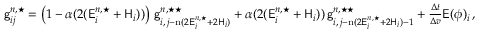
\begin{array} { r } { \mathsf { g } _ { i j } ^ { n , \star } = \left( 1 - \alpha ( 2 ( \mathsf { E } _ { i } ^ { n , \star } + \mathsf { H } _ { i } ) ) \right) \, \mathsf { g } _ { i , \, j - \mathrm { n } ( 2 \mathsf { E } _ { i } ^ { n , \star } + 2 \mathsf { H } _ { i } ) } ^ { n , \star \star } + \alpha ( 2 ( \mathsf { E } _ { i } ^ { n , \star } + \mathsf { H } _ { i } ) ) \, \mathsf { g } _ { i , \, j - \mathrm { n } ( 2 \mathsf { E } _ { i } ^ { n , \star } + 2 \mathsf { H } _ { i } ) - 1 } ^ { n , \star \star } + \frac { \Delta t } { \Delta v } \mathsf { E } ( \phi ) _ { i } \, , } \end{array}